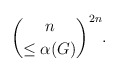
\begin{align*} \binom{n}{\leq \alpha(G)}^{2n}.\end{align*}